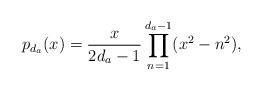
LaTeX: \begin{align*}p_{d_a}(x)=\frac{x}{2d_a -1}\prod_{n=1}^{d_a-1}(x^2-n^2),\end{align*}